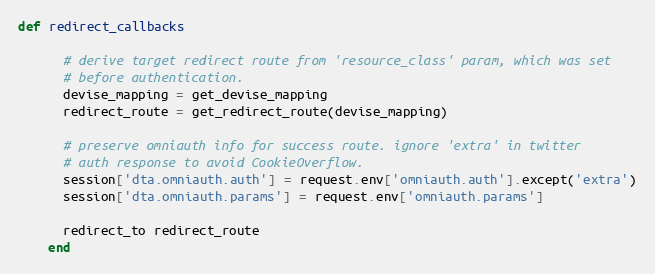
Language: Ruby
def redirect_callbacks

      # derive target redirect route from 'resource_class' param, which was set
      # before authentication.
      devise_mapping = get_devise_mapping
      redirect_route = get_redirect_route(devise_mapping)

      # preserve omniauth info for success route. ignore 'extra' in twitter
      # auth response to avoid CookieOverflow.
      session['dta.omniauth.auth'] = request.env['omniauth.auth'].except('extra')
      session['dta.omniauth.params'] = request.env['omniauth.params']

      redirect_to redirect_route
    end